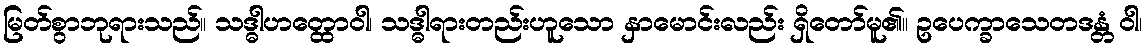
မြတ်စွာဘုရားသည်။ သဒ္ဓါဟတ္ထောဝါ၊ သဒ္ဓါရားတည်းဟူသော နှာမောင်းလည်း ရှိတော်မူ၏။ ဥပေက္ခာသေတဒန္တံ ဝါ၊